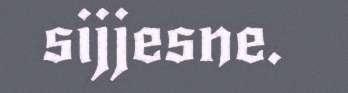
sijjesne.